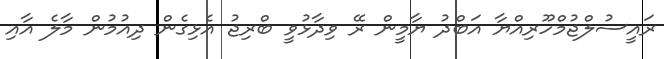
ރައީސުލްޖުމްހޫރިއްޔާ އަބްދު ޔާމީން ރޭ ވިދާޅުވީ ބްރިޖު އެޅިގެން ދިއުމުން މާލެ އާއި